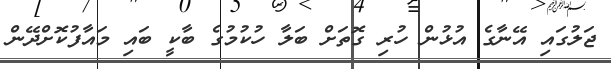
ޖަލުގައި އޭނާގެ އުޅުން ހުރި ގޮތަށް ބަލާ ހުކުމުގެ ބާކީ ބައި މައާފުކޮށްދޭން